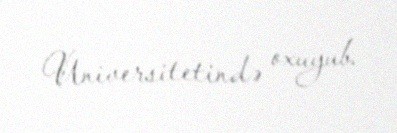
Universitetində oxuyub.